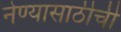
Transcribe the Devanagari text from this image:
नेण्यासाठीची